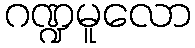
ဂဏ္ဍမူလော